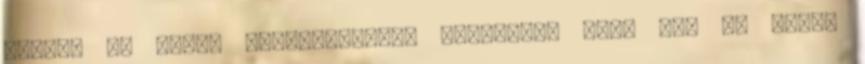
lehet, ha nincs alátámasztás. Alapjában véve nem is értem